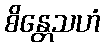
စိန္တေသဟံ